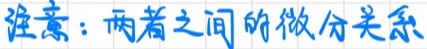
注意：两者之间的微分关系